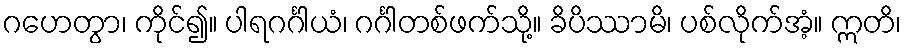
ဂဟေတွာ၊ ကိုင်၍။ ပါရဂင်္ဂါယံ၊ ဂင်္ဂါတစ်ဖက်သို့။ ခိပိဿာမိ၊ ပစ်လိုက်အံ့။ ဣတိ၊